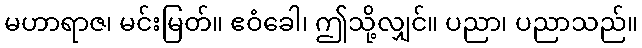
မဟာရာဇ၊ မင်းမြတ်။ ဧဝံခေါ၊ ဤသို့လျှင်။ ပညာ၊ ပညာသည်။